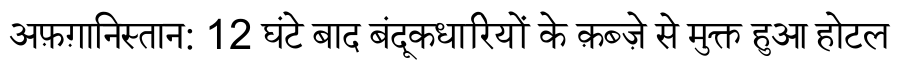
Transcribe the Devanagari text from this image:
अफ़ग़ानिस्तान: 12 घंटे बाद बंदूकधारियों के क़ब्ज़े से मुक्त हुआ होटल